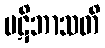
ပဋိဘာသတိ